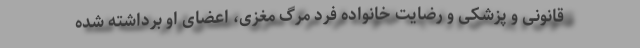
قانونی و پزشکی و رضایت خانواده فرد مرگ مغزی، اعضای او برداشته شده